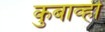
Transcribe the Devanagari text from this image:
कुबाव्ही